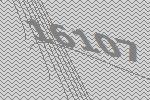
16107